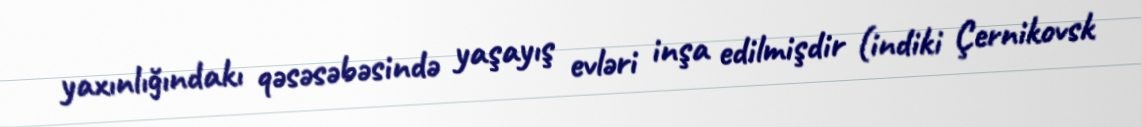
yaxınlığındakı qəsəsəbəsində yaşayış evləri inşa edilmişdir (indiki Çernikovsk